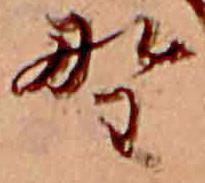
野